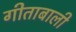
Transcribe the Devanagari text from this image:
गीताबाली